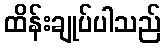
ထိန်းချုပ်ပါသည်